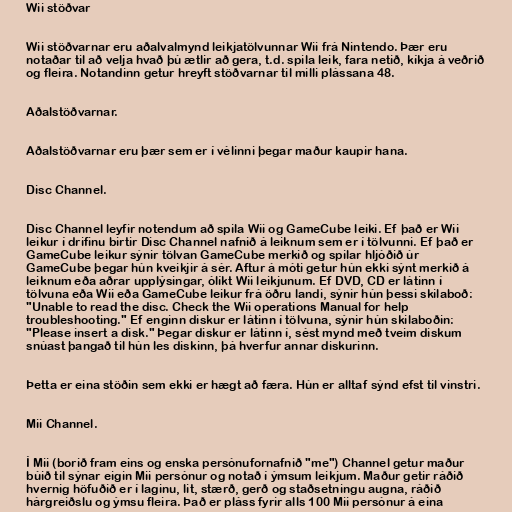
Wii stöðvar

Wii stöðvarnar eru aðalvalmynd leikjatölvunnar Wii frá Nintendo. Þær eru
notaðar til að velja hvað þú ætlir að gera, t.d. spila leik, fara netið, kíkja á veðrið
og fleira. Notandinn getur hreyft stöðvarnar til milli plássana 48.

Aðalstöðvarnar.

Aðalstöðvarnar eru þær sem er í vélinni þegar maður kaupir hana.

Disc Channel.

Disc Channel leyfir notendum að spila Wii og GameCube leiki. Ef það er Wii
leikur í drifinu birtir Disc Channel nafnið á leiknum sem er í tölvunni. Ef það er
GameCube leikur sýnir tölvan GameCube merkið og spilar hljóðið úr
GameCube þegar hún kveikjir á sér. Aftur á móti getur hún ekki sýnt merkið á
leiknum eða aðrar upplýsingar, ólíkt Wii leikjunum. Ef DVD, CD er látinn í
tölvuna eða Wii eða GameCube leikur frá öðru landi, sýnir hún þessi skilaboð:
"Unable to read the disc. Check the Wii operations Manual for help
troubleshooting." Ef enginn diskur er látinn í tölvuna, sýnir hún skilaboðin:
"Please insert a disk." Þegar diskur er látinn í, sést mynd með tveim diskum
snúast þangað til hún les diskinn, þá hverfur annar diskurinn.

Þetta er eina stöðin sem ekki er hægt að færa. Hún er alltaf sýnd efst til vinstri.

Mii Channel.

Í Mii (borið fram eins og enska persónufornafnið "me") Channel getur maður
búið til sýnar eigin Mii persónur og notað í ýmsum leikjum. Maður getir ráðið
hvernig höfuðið er í laginu, lit, stærð, gerð og staðsetningu augna, ráðið
hárgreiðslu og ýmsu fleira. Það er pláss fyrir alls 100 Mii persónur á eina